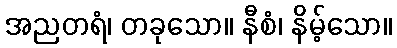
အညတရံ၊ တခုသော။ နီစံ၊ နိမ့်သော။